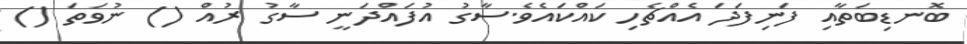
ބޮނޑިބަތާއި ފަނިފަދަ އެއްޗެހި ކައްކައެވެ.ސާގު އުފައްދަނީ ސާގު ރުއް () ނުވަތަ ()